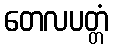
တေလပတ္တံ